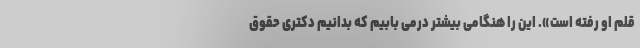
قلم او رفته است». این را هنگامی بیشتر درمی بابیم که بدانیم دکتری حقوق